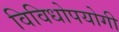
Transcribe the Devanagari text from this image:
विविधोपयोगी